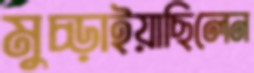
মুচ্‌ড়াইয়াছিলেন